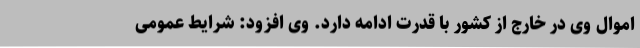
اموال وی در خارج از کشور با قدرت ادامه دارد. وی افزود: شرایط عمومی